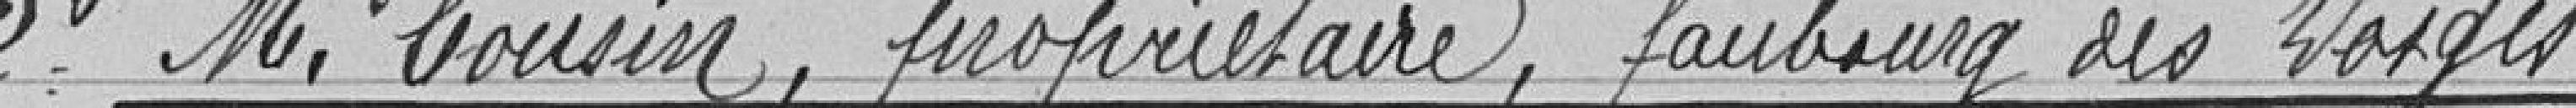
2° Monsieur BOUSIN, propriétaire, faubourg des Vosges